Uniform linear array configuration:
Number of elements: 16
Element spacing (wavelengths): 0.5
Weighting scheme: hamming
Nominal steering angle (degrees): -45
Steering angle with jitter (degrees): -45.391
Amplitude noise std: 0.05
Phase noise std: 0.05

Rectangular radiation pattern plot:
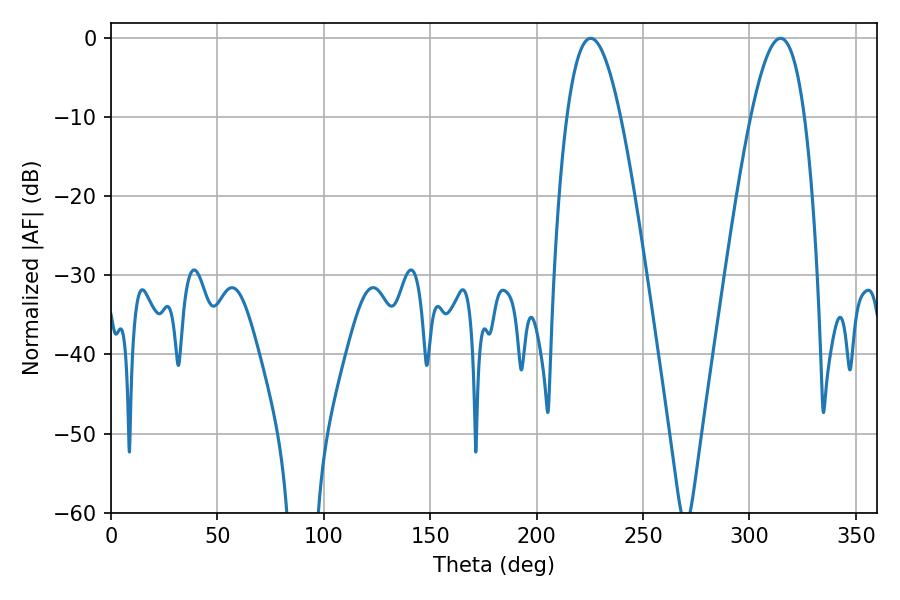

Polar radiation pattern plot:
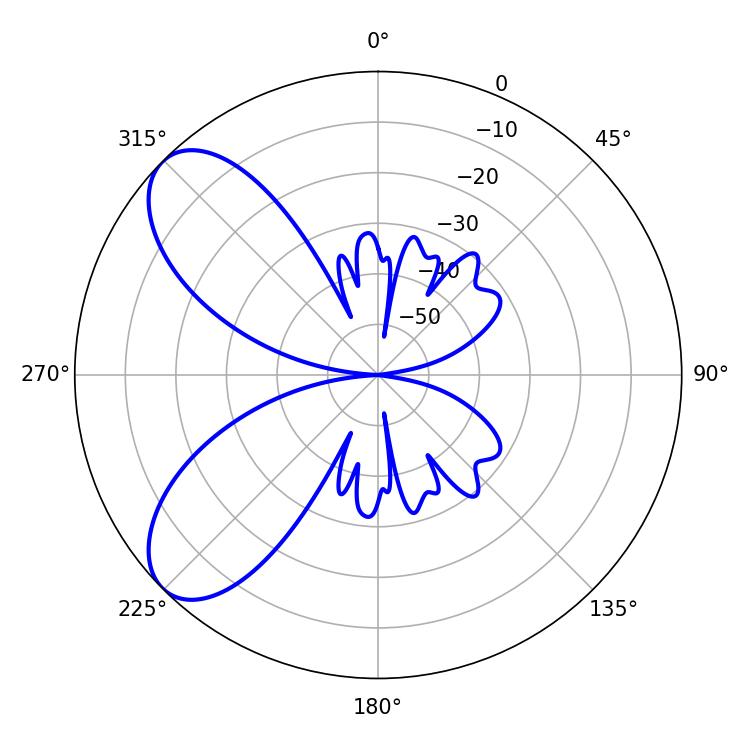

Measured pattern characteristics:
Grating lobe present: FALSE
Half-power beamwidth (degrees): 13.86
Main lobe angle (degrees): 225.36